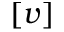
[ v ]